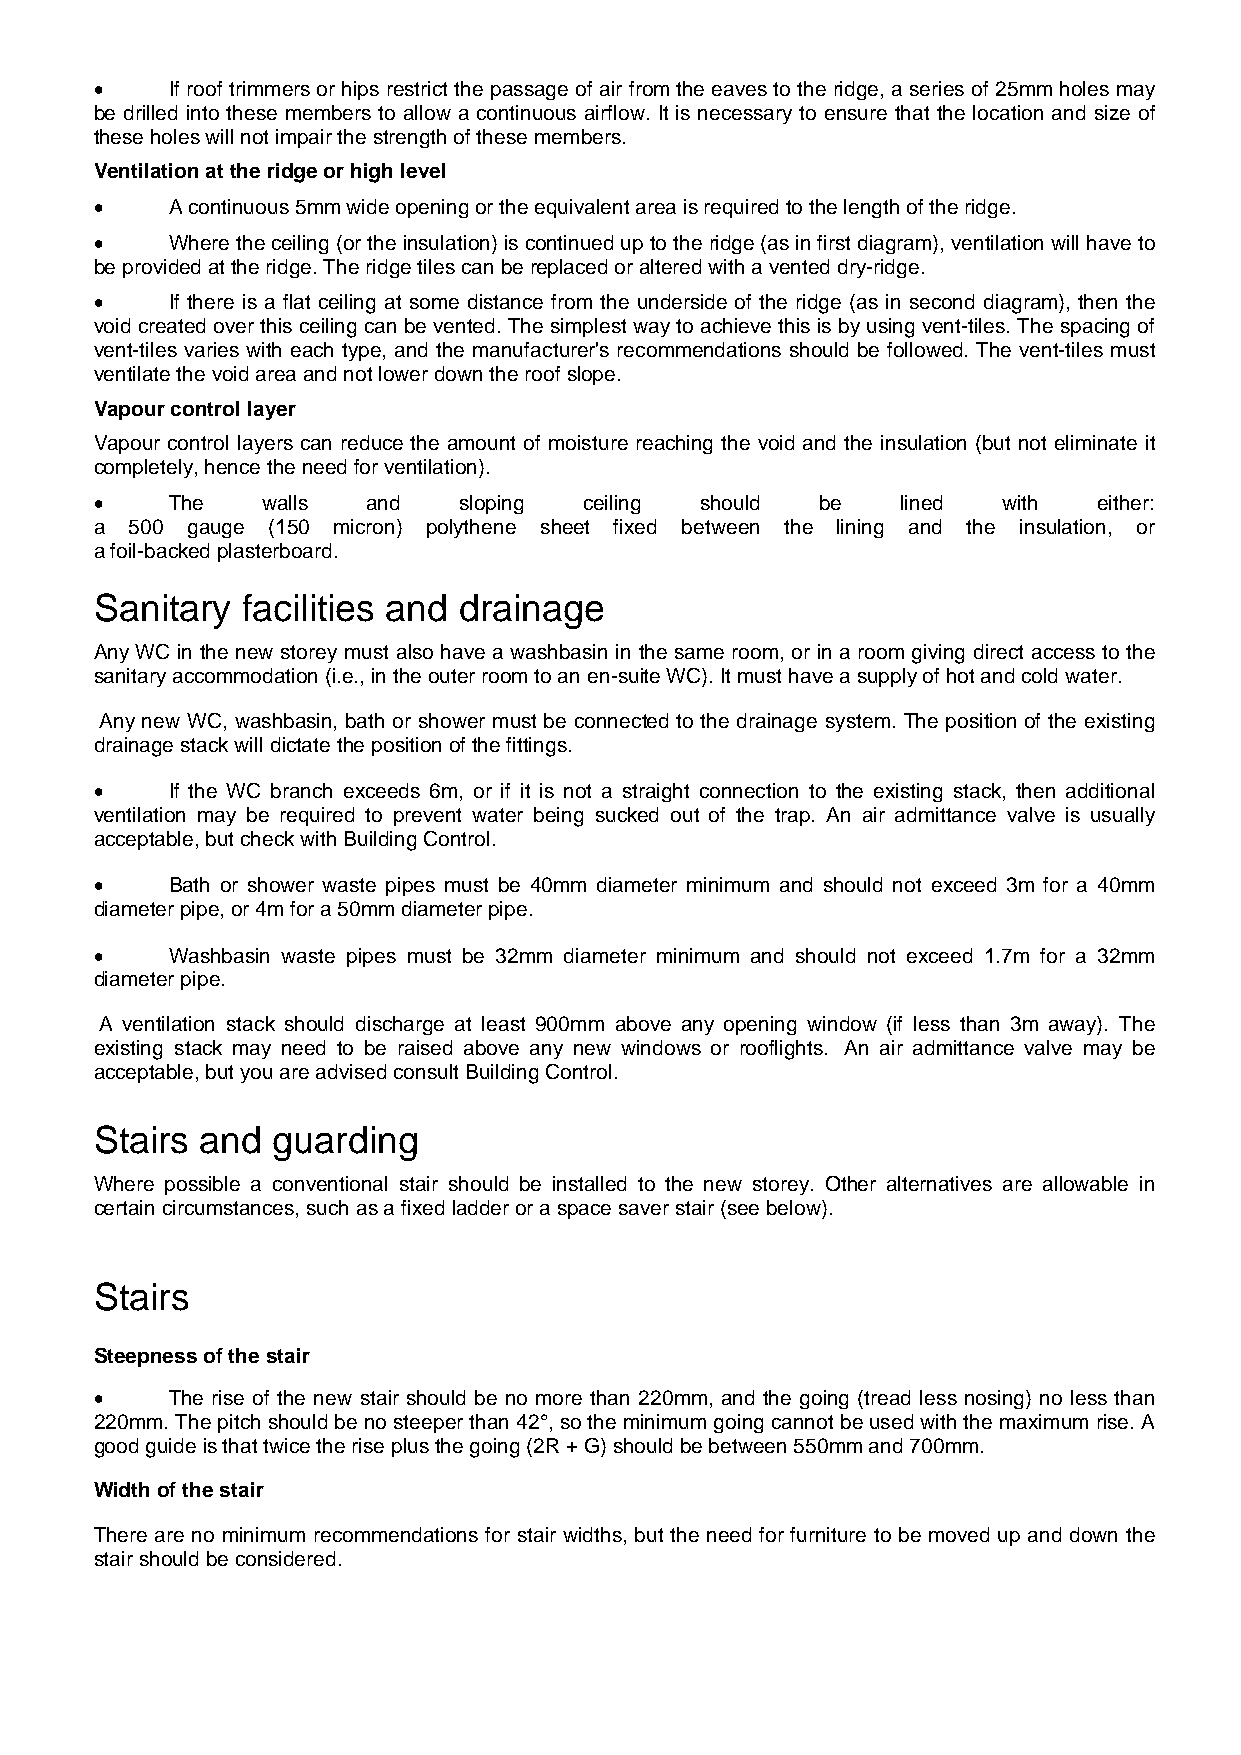
•    If roof trimmers or hips restrict the passage of air from the eaves to the ridge, a series of 25mm holes may
 be drilled into these members to allow a continuous airflow. It is necessary to ensure that the location and size of
 these holes will not impair the strength of these members.
 Ventilation at the ridge or high level
 •    A continuous 5mm wide opening or the equivalent area is required to the length of the ridge.
 •    Where the ceiling (or the insulation) is continued up to the ridge (as in first diagram), ventilation will have to
 be provided at the ridge. The ridge tiles can be replaced or altered with a vented dry-ridge.
 •    If there is a flat ceiling at some distance from the underside of the ridge (as in second diagram), then the
 void created over this ceiling can be vented. The simplest way to achieve this is by using vent-tiles. The spacing of
 vent-tiles varies with each type, and the manufacturer's recommendations should be followed. The vent-tiles must
 ventilate the void area and not lower down the roof slope.
 Vapour control layer
 Vapour control layers can reduce the amount of moisture reaching the void and the insulation (but not eliminate it
 completely, hence the need for ventilation).
 •    The   walls  and   sloping  ceiling should be    lined with   either:
 a  500 gauge (150 micron) polythene sheet fixed between the lining and the insulation, or
 a foil-backed plasterboard.
 Sanitary  facilities and drainage
 Any WC in the new storey must also have a washbasin in the same room, or in a room giving direct access to the
 sanitary accommodation (i.e., in the outer room to an en-suite WC). It must have a supply of hot and cold water.
 Any new WC, washbasin, bath or shower must be connected to the drainage system. The position of the existing
 drainage stack will dictate the position of the fittings.
 •    If the WC branch exceeds 6m, or if it is not a straight connection to the existing stack, then additional
 ventilation may be required to prevent water being sucked out of the trap. An air admittance valve is usually
 acceptable, but check with Building Control.
 •    Bath or shower waste pipes must be 40mm diameter minimum and should not exceed 3m for a 40mm
 diameter pipe, or 4m for a 50mm diameter pipe.
 •    Washbasin waste pipes must be 32mm diameter minimum and should not exceed 1.7m for a 32mm
 diameter pipe.
 A ventilation stack should discharge at least 900mm above any opening window (if less than 3m away). The
 existing stack may need to be raised above any new windows or rooflights. An air admittance valve may be
 acceptable, but you are advised consult Building Control.
 Stairs and  guarding
 Where possible a conventional stair should be installed to the new storey. Other alternatives are allowable in
 certain circumstances, such as a fixed ladder or a space saver stair (see below).
 Stairs
 Steepness of the stair
 •    The rise of the new stair should be no more than 220mm, and the going (tread less nosing) no less than
 220mm. The pitch should be no steeper than 42°, so the minimum going cannot be used with the maximum rise. A
 good guide is that twice the rise plus the going (2R + G) should be between 550mm and 700mm.
 Width of the stair
 There are no minimum recommendations for stair widths, but the need for furniture to be moved up and down the
 stair should be considered.